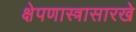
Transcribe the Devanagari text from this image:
क्षेपणास्त्रासारखे